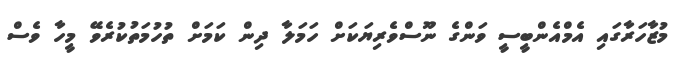
މުޒާހަރާގައި އެމްއެންބީސީ ވަންގެ ނޫސްވެރިޔަކަށް ހަމަލާ ދިން ކަމަށް ތުހުމަތުކުރެވޭ މީހާ ވެސް